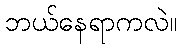
ဘယ်နေရာကလဲ။